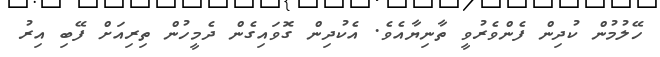
ހޭލުމުން ކުދިން ފެންވެރުވީ ތާނިޔާއެވެ. އެކުދިން ގޮވައިގެން ދެމީހުން ތިރިއަށް ފޭބި އިރު